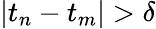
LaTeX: |t_{n}-t_{m}|>\delta